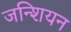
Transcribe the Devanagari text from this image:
जन्शियन